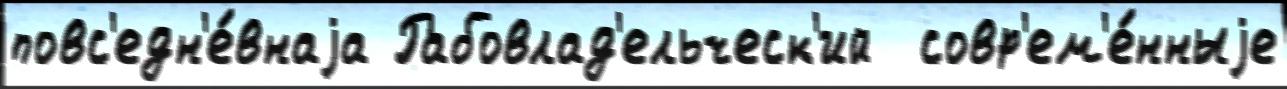
повс'едн'е́внаjа Рабовлад'ельческ'ий  совр'ем'е́нныjе